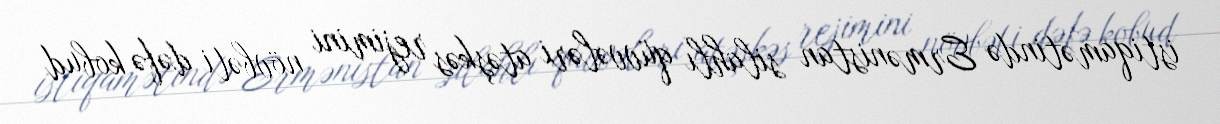
istiqamətində Ermənistan silahlı qüvvələri atəşkəs rejimini növbəti dəfə kobud